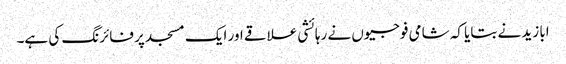
ابا زید نے بتایا کہ شامی فوجیوں نے رہائشی علاقے اور ایک مسجد پر فائرنگ کی ہے۔